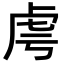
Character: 𧆜